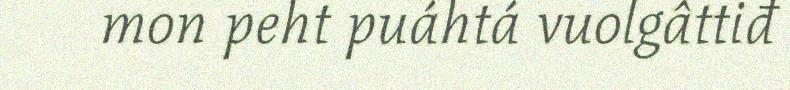
mon peht puáhtá vuolgâttiđ